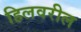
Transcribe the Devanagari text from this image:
हिलवरील